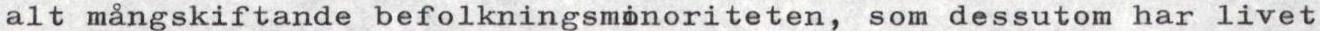
alt mångskiftande befolkningsminoriteten, som dessutom har livet